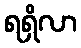
ရရှိလာ